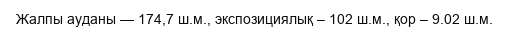
Жалпы ауданы — 174,7 ш.м., экспозициялық – 102 ш.м., қор – 9.02 ш.м.